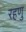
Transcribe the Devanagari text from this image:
रहणु